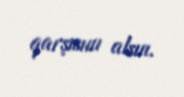
qarşısını alsın.